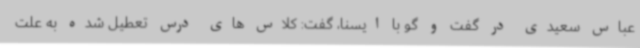
عباس سعیدی در گفت و گو با ایسنا، گفت: کلاس های درس تعطیل شده به علت